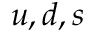
u , d , s